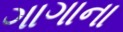
ગાગાના